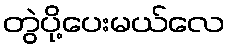
တွဲပို့ပေးမယ်လေ